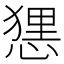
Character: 𢟆